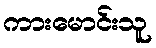
ကားမောင်းသူ